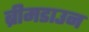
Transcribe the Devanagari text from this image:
ब्रीमडाउन